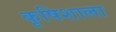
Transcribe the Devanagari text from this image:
कृषिशाला